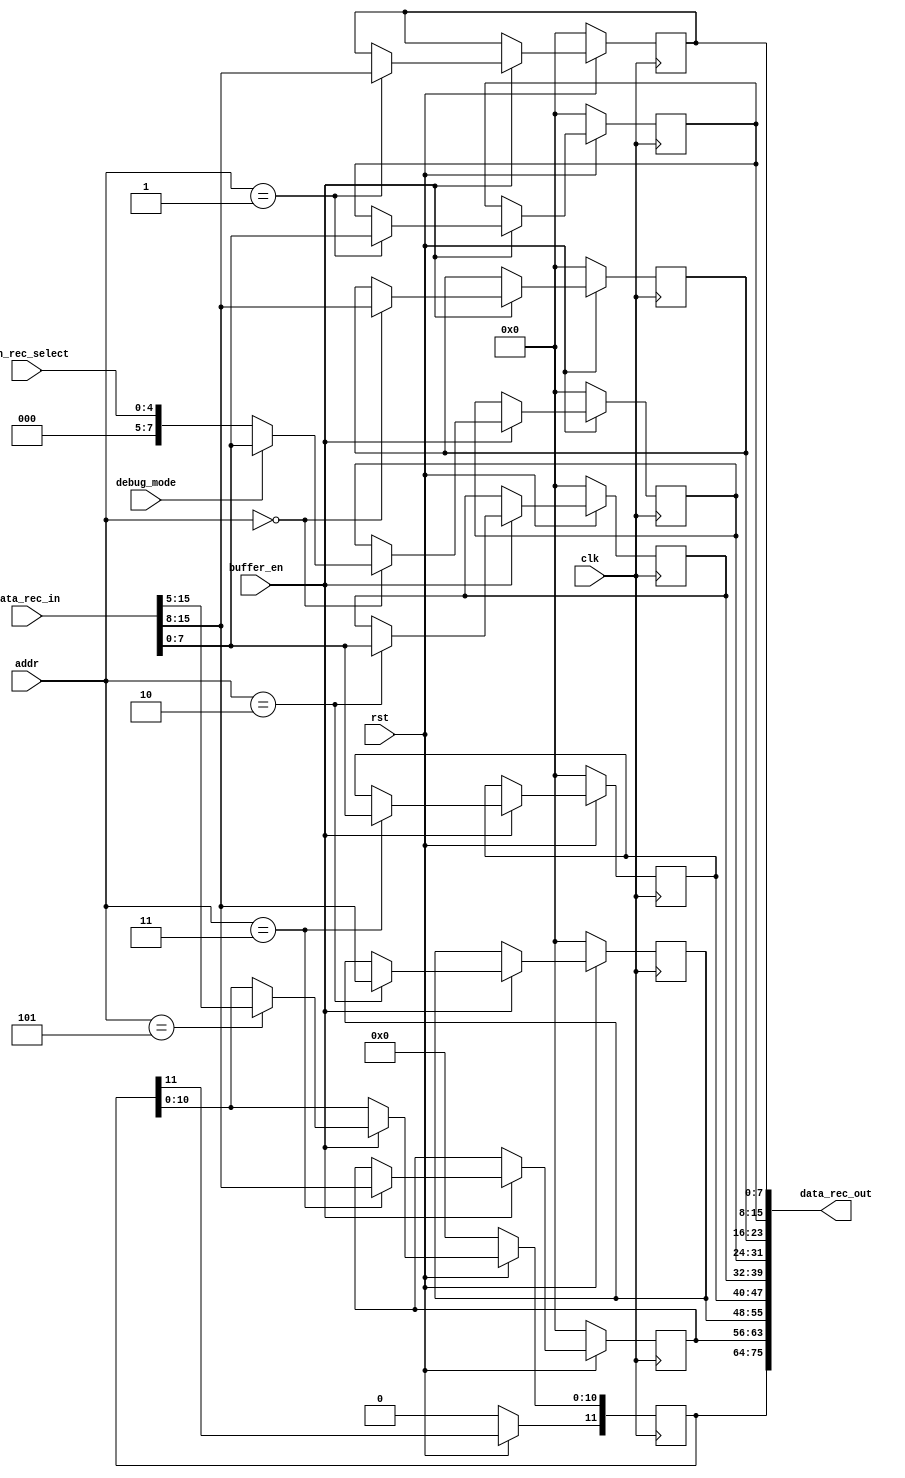
`resetall
`timescale 1ns/10ps
module buffer_rec_data( 
   // Port Declarations
   input   wire            clk, 
   input   wire    [15:0]  data_rec_in,    // 16-bit data from each receive register of canakari
   input   wire    [4 :0]  can_rec_select,
   input   wire            buffer_en,      // enable signal
   input   wire            rst,            // reset active low
   input   wire            debug_mode, 
   input   wire    [4 :0]  addr,           // same address of register as in canakari
   output  wire    [75:0]  data_rec_out    // complete CAN message output. 11-bit ID and 4 data-bytes

);
// Internal Declarations
reg [11:0] id;      // CAN ID is 11-bits.  Here 3 Hex values are used to reprent COB-ID
reg [7:0] b1 ;       // Data bytes 1...8
reg [7:0] b2 ;
reg [7:0] b3 ;
reg [7:0] b4 ;
reg [7:0] b5 ;
reg [7:0] b6 ;
reg [7:0] b7 ;
reg [7:0] b8 ;

initial 
begin
  id = 12'd0;      // CAN ID is 11-bits.  Here 3 Hex values are used to reprent COB-ID
  b1 = 8'h0 ;       // Data bytes 1...8
  b2 = 8'h0;
  b3 = 8'h0;
  b4 = 8'h0;
  b5 = 8'h0;
  b6 = 8'h0;
  b7 = 8'h0;
  b8 = 8'h0;
end

always@(posedge clk)
begin 
  if(!rst)
   begin 
   id <= 12'h000;
   b1 <= 8'h00;
   b2 <= 8'h00;
   b3 <= 8'h00;
   b4 <= 8'h00;
   b5 <= 8'h00;
   b6 <= 8'h00;
   b7 <= 8'h00;
   b8 <= 8'h00;
   end
  else
   begin
   if(buffer_en)
    begin
    case(addr)
         5'h5 : id[10:0] <= data_rec_in[15:5];        // 5-bit selection line is the address of corresponding registers in Cankari. ID register data
         5'h3 :begin 
                     b2  <= data_rec_in[7:0];     // second data byte
                     b1  <= data_rec_in[15:8];    // first  data byte
                   end
         5'h2 :begin 
                     b4  <= data_rec_in[7:0];             // fourth data byte
                     b3  <= data_rec_in[15:8];            // third data byte 
                   end                                    
         5'h1 :begin 
                     b6  <= data_rec_in[7:0];             // sixth data byte 
                     b5  <= data_rec_in[15:8];            // fifth data byte 
                   end                    
         5'h0 :begin 
                   if (debug_mode) b8  <= data_rec_in[7:0];       // Eigth // holds the bus Id
                   else            b8  <= {3'b0,can_rec_select};  // Eigth // holds the bus Id
                     b7  <= data_rec_in[15:8];            // Seventh 
                   end             
     default 
      begin
        id <= id;
        b1 <= b1;
        b2 <= b2;
        b3 <= b3;
        b4 <= b4;
        b5 <= b5;
        b6 <= b6;
        b7 <= b7;
        b8 <= b8;
      end 
    endcase
    end        
   end 
end 

//Output assigments
assign data_rec_out = {id,b1,b3,b2,b4,b8,b7,b6,b5};

endmodule